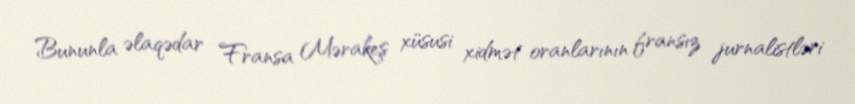
Bununla əlaqədar Fransa Mərakeş xüsusi xidmət oranlarının fransız jurnalistləri